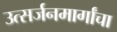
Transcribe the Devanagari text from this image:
उत्सर्जनमार्गांचा